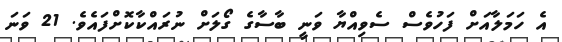
އެ ހަމަލާއަށް ފަހުވެސް ސެވިއްޔާ ވަނީ ބާސާގެ ގޯލަށް ނުރައްކާކޮށްފައެވެ. 21 ވަނަ